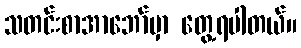
သတင်းစာအာဘော်မှာ တွေ့ရပါတယ်။